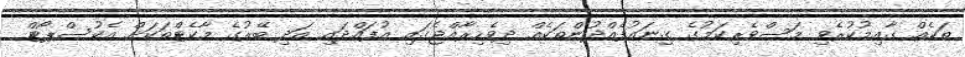
ތަކެއް ގާއިމުކުރެވި މަސްވެރިކަމުގެ ގިނައުފެއްދުންތަކެއް ދިވެހިރާއްޖެގައި އުފައްދައި އަދި ބޭރުގެ މާކެޓްތަކަށް އެކުސްޕޯޓް